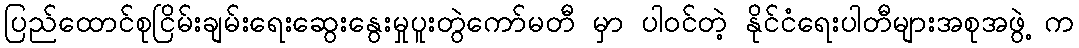
ပြည်ထောင်စုငြိမ်းချမ်းရေးဆွေးနွေးမှုပူးတွဲကော်မတီ မှာ ပါဝင်တဲ့ နိုင်ငံရေးပါတီများအစုအဖွဲ့ က